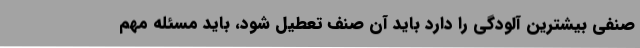
صنفی بیشترین آلودگی را دارد باید آن صنف تعطیل شود، باید مسئله مهم